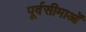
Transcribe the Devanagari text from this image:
पूर्वसीमाओं